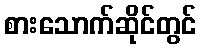
စားသောက်ဆိုင်တွင်